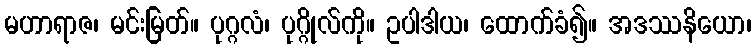
မဟာရာဇ၊ မင်းမြတ်။ ပုဂ္ဂလံ၊ ပုဂ္ဂိုလ်ကို။ ဥပါဒါယ၊ ထောက်ခံ၍။ အဒဿနိယော၊